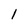
Character: 1